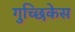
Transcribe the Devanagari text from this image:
गुच्छिकेस